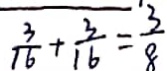
\frac { 3 } { 1 6 } + \frac { 3 } { 1 6 } = \frac { 3 } { 8 }